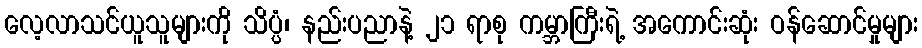
လေ့လာသင်ယူသူများကို သိပ္ပံ၊ နည်းပညာနဲ့ ၂၁ ရာစု ကမ္ဘာကြီးရဲ့ အကောင်းဆုံး ဝန်ဆောင်မှုများ